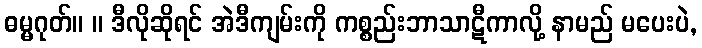
ဓမ္မဂုတ်။ ။ ဒီလိုဆိုရင် အဲဒီကျမ်းကို ကစ္စည်းဘာသာဋီကာလို့ နာမည် မပေးပဲ,